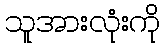
သူအားလုံးကို